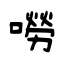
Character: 嘮